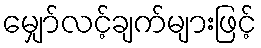
မျှော်လင့်ချက်များဖြင့်